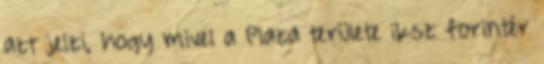
azt jelzi, hogy mivel a Plaza területe iksz forintér